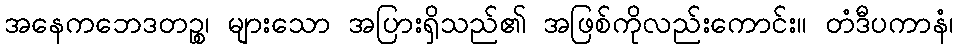
အနေကဘေဒတဉ္စ၊ များသော အပြားရှိသည်၏ အဖြစ်ကိုလည်းကောင်း။ တံဒီပကာနံ၊